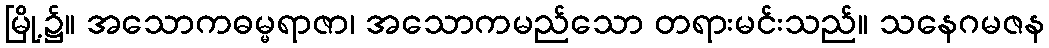
မြို့၌။ အသောကဓမ္မရာဇာ၊ အသောကမည်သော တရားမင်းသည်။ သနေဂမဇန